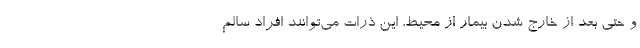
و حتی بعد از خارج شدن بیمار از محیط، این ذرات می‌توانند افراد سالم